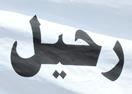
رحيل